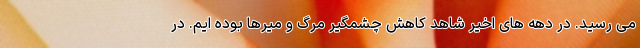
می رسید. در دهه های اخیر شاهد کاهش چشمگیر مرگ و میرها بوده ایم. در